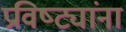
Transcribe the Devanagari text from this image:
प्रविष्ट्यांना